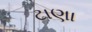
ટાણા